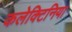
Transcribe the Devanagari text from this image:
कलेक्टिनिया